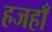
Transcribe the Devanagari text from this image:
हजहाँ